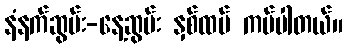
နံနက်ဆွမ်း-နေ့ဆွမ်း နှစ်ထပ် ကပ်ပါတယ်။